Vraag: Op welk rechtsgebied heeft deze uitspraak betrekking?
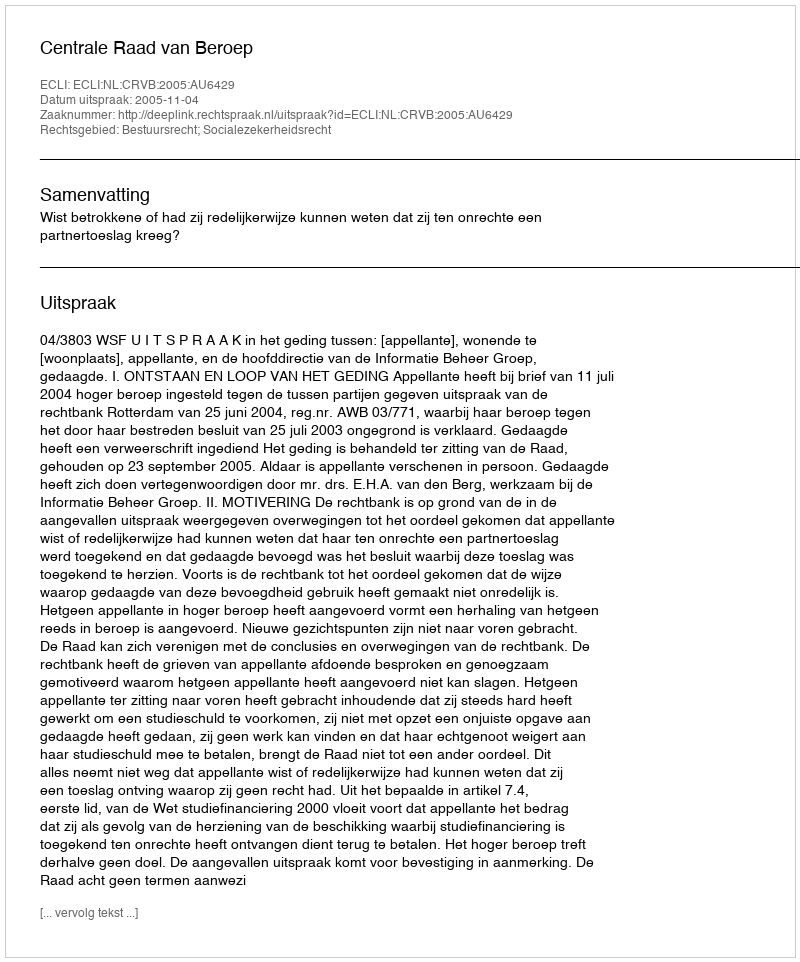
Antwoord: Bestuursrecht; Socialezekerheidsrecht